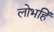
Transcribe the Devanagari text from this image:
लोभहिं